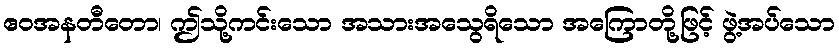
ဧဝအနတီတော၊ ဤသို့ကင်းသော အသားအသွေရိသော အကြောတို့ဖြင့် ဖွဲ့အပ်သော